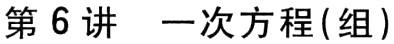
第6讲 一次方程(组)